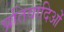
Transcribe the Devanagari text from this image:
प्रतिवादिओं